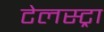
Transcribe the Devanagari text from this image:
टेलस्ट्रा